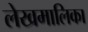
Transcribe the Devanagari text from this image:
लेखमालिका